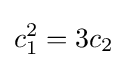
c_{1}^{2}=3c_{2}